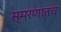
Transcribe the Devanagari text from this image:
स्मरणातच